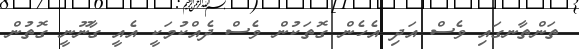
ތަންތާނގައި ވެސް އަދި އެހެން ގޮތަކުން ވެސް ދެއްކުމަކީ އެއީ ގާނޫނީ ގޮތުން